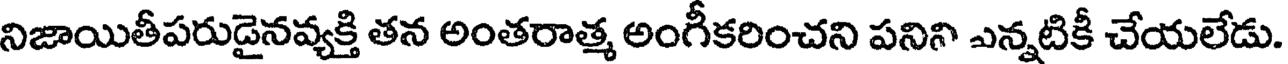
నిజాయితీపరుడైనవ్యక్తి తన అంతరాత్మ అంగీకరించని పనిని ఎన్నటికీ చేయలేడు.